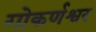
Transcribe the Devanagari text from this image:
गोकर्णश्वर